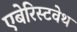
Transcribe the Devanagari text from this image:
एबेरिस्टवेथ